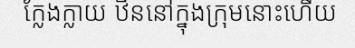
ក្លែងក្លាយ ឋិននៅក្នុងក្រុមនោះហើយ